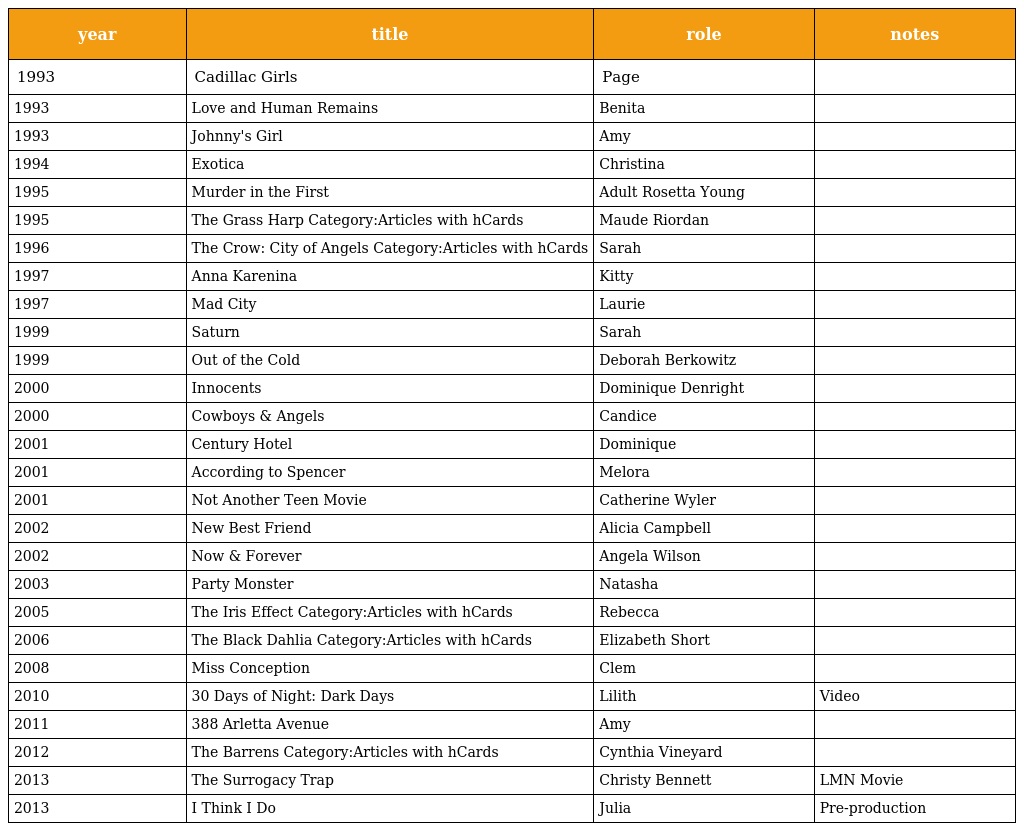
| year | title | role | notes |
 | --- | --- | --- | --- |
 | 1993 | Cadillac Girls | Page |  |
 | 1993 | Love and Human Remains | Benita |  |
 | 1993 | Johnny's Girl | Amy |  |
 | 1994 | Exotica | Christina |  |
 | 1995 | Murder in the First | Adult Rosetta Young |  |
 | 1995 | The Grass Harp Category:Articles with hCards | Maude Riordan |  |
 | 1996 | The Crow: City of Angels Category:Articles with hCards | Sarah |  |
 | 1997 | Anna Karenina | Kitty |  |
 | 1997 | Mad City | Laurie |  |
 | 1999 | Saturn | Sarah |  |
 | 1999 | Out of the Cold | Deborah Berkowitz |  |
 | 2000 | Innocents | Dominique Denright |  |
 | 2000 | Cowboys & Angels | Candice |  |
 | 2001 | Century Hotel | Dominique |  |
 | 2001 | According to Spencer | Melora |  |
 | 2001 | Not Another Teen Movie | Catherine Wyler |  |
 | 2002 | New Best Friend | Alicia Campbell |  |
 | 2002 | Now & Forever | Angela Wilson |  |
 | 2003 | Party Monster | Natasha |  |
 | 2005 | The Iris Effect Category:Articles with hCards | Rebecca |  |
 | 2006 | The Black Dahlia Category:Articles with hCards | Elizabeth Short |  |
 | 2008 | Miss Conception | Clem |  |
 | 2010 | 30 Days of Night: Dark Days | Lilith | Video |
 | 2011 | 388 Arletta Avenue | Amy |  |
 | 2012 | The Barrens Category:Articles with hCards | Cynthia Vineyard |  |
 | 2013 | The Surrogacy Trap | Christy Bennett | LMN Movie |
 | 2013 | I Think I Do | Julia | Pre-production |